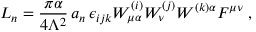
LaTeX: { \cal L } _ { n } = \frac { \pi \alpha } { 4 \Lambda ^ { 2 } } \, a _ { n } \, \epsilon _ { i j k } W _ { \mu \alpha } ^ { ( i ) } W _ { \nu } ^ { ( j ) } W ^ { ( k ) \alpha } F ^ { \mu \nu } \; ,